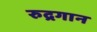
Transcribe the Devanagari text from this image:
रुद्रगान